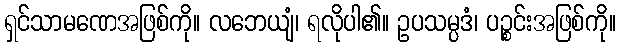
ရှင်သာမဏေအဖြစ်ကို။ လဘေယျံ၊ ရလိုပါ၏။ ဥပသမ္ပဒံ၊ ပဉ္စင်းအဖြစ်ကို။